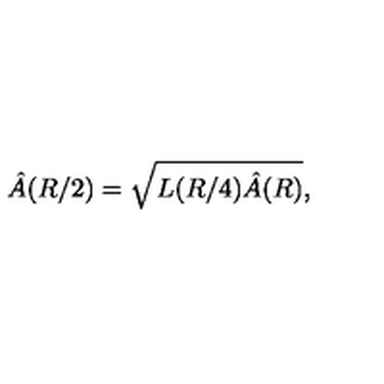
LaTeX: \hat { A } ( R / 2 ) = \sqrt { L ( R / 4 ) \hat { A } ( R ) } ,